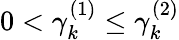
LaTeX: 0<\gamma_{k}^{(1)}\le\gamma_{k}^{(2)}